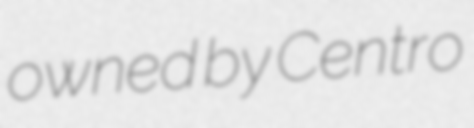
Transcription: owned by Centro